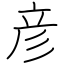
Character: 彦